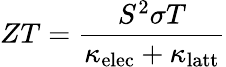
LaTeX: ZT=\frac{S^{2}\sigma T}{\kappa_{\mathrm{elec}}+\kappa_{\mathrm{latt}}}